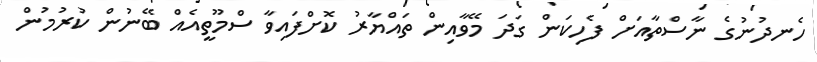
ހެނދުނުގެ ނާސްތާއަށް ފެހިކަން ގަދަ މޭވާއިން ތައްޔާރު ކޮށްފައިވާ ސްމޫތީއެއް ބޭނުން ކުރުމުން